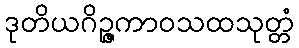
ဒုတိယဂိဉ္ဇကာဝသထသုတ္တံ